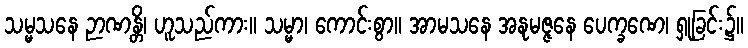
သမ္မသနေ ဉာဏန္တိ၊ ဟူသည်ကား။ သမ္မာ၊ ကောင်းစွာ။ အာမသနေ အနုမဇ္ဇနေ ပေက္ခဏေ၊ ရှုခြင်း၌။